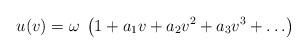
LaTeX: \begin{align*} u(v) = \omega \; \left( 1 + a_1 v + a_2 v^2 + a_3 v^3 + \ldots \right)\end{align*}